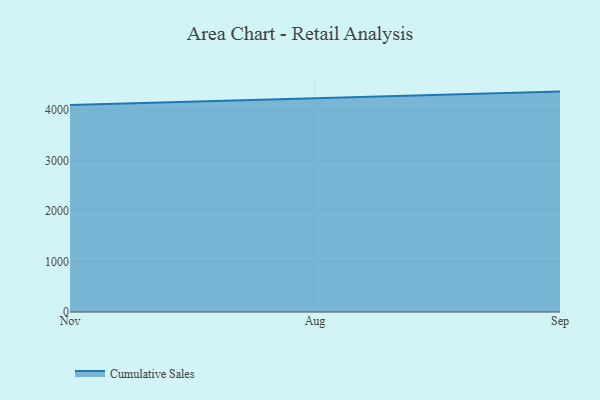
{"axis": {"x": "Month", "y": "Customer Acquisition Cost (USD)"}, "legend": ["Cumulative Sales"], "data": [{"x": "Nov", "y": 4094.8, "type": "Cumulative Sales"}, {"x": "Aug", "y": 4234.3, "type": "Cumulative Sales"}, {"x": "Sep", "y": 4361.7, "type": "Cumulative Sales"}]}